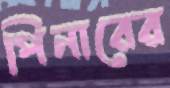
পিনারের